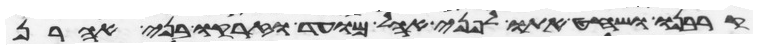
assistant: קרבנו ושחט אתו לפני אהל מועד וזרקו בני אהרן